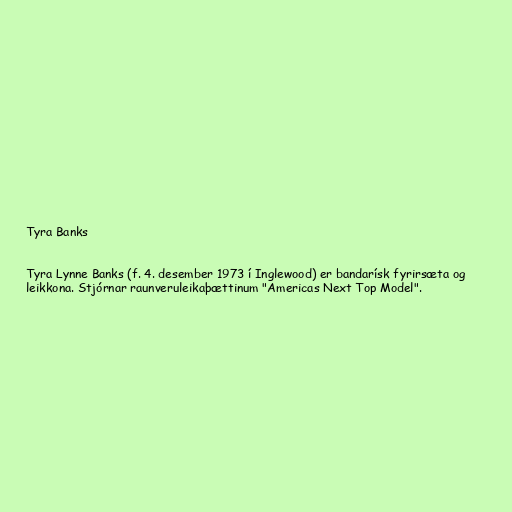
Tyra Banks

Tyra Lynne Banks (f. 4. desember 1973 í Inglewood) er bandarísk fyrirsæta og
leikkona. Stjórnar raunveruleikaþættinum "Americas Next Top Model".